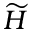
\widetilde { \cal H }